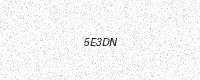
Text: 5E3DN